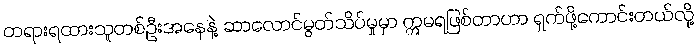
တရားရထားသူတစ်ဦးအနေနဲ့ ဆာလောင်မွတ်သိပ်မှုမှာ ဣမရဖြစ်တာဟာ ရှက်ဖို့ကောင်းတယ်လို့